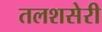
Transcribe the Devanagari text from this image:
तलशसेरी